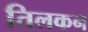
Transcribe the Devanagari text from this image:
तिलकन